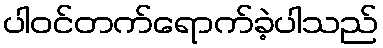
ပါဝင်တက်ရောက်ခဲ့ပါသည်